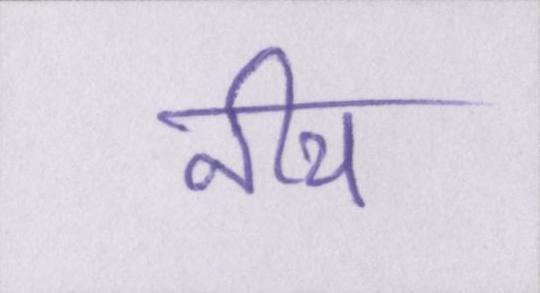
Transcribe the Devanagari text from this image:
नीच